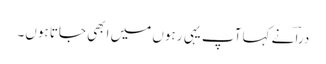
دراؔ نے کہا آپ یہی رہوں میں ابھی جاتا ہوں۔